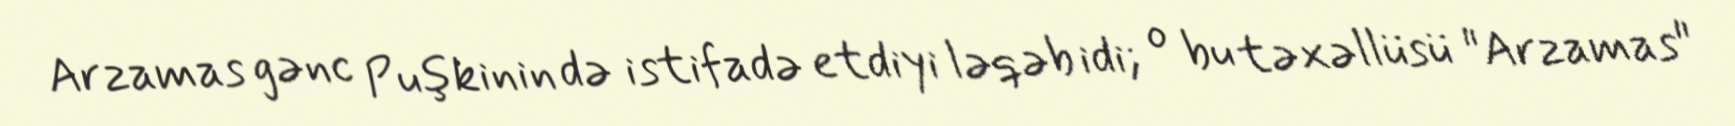
Arzamas gənc Puşkinin də istifadə etdiyi ləqəb idi; o bu təxəllüsü "Arzamas"